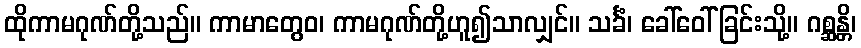
ထိုကာမဂုဏ်တို့သည်။ ကာမာတွေဝ၊ ကာမဂုဏ်တို့ဟူ၍သာလျှင်။ သင်္ခံ၊ ခေါ်ဝေါ်ခြင်းသို့။ ဂစ္ဆန္တိ၊